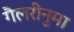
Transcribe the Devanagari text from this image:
गैलरीनुमा